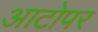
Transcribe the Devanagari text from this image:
आटोपर